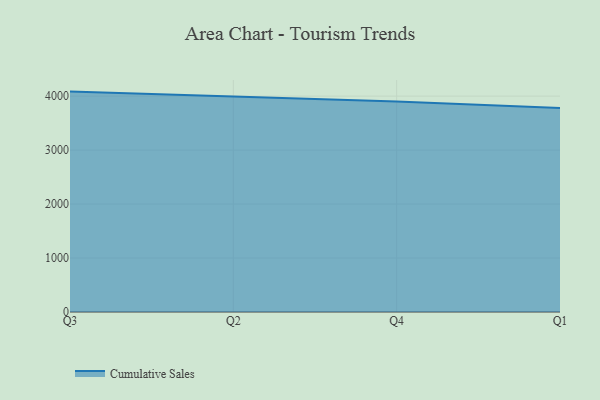
{"axis": {"x": "Quarter", "y": "Energy Usage (MWh)"}, "legend": ["Cumulative Sales"], "data": [{"x": "Q3", "y": 4083.9, "type": "Cumulative Sales"}, {"x": "Q2", "y": 3988.5, "type": "Cumulative Sales"}, {"x": "Q4", "y": 3902.5, "type": "Cumulative Sales"}, {"x": "Q1", "y": 3780.7, "type": "Cumulative Sales"}]}